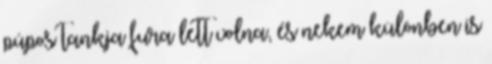
púpos tankja fura lett volna, és nekem különben is